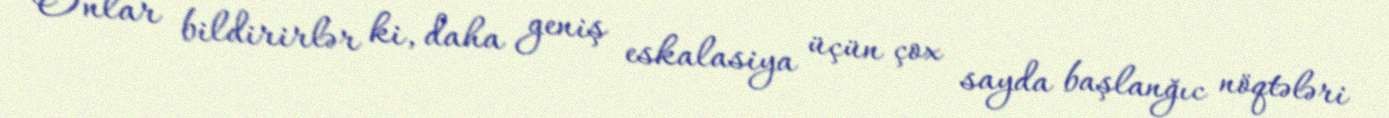
Onlar bildirirlər ki, daha geniş eskalasiya üçün çox sayda başlanğıc nöqtələri